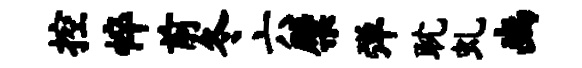
控悴前冬六檗弹耽虬豳